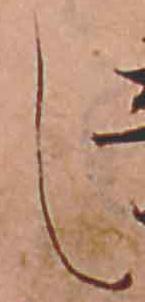
し